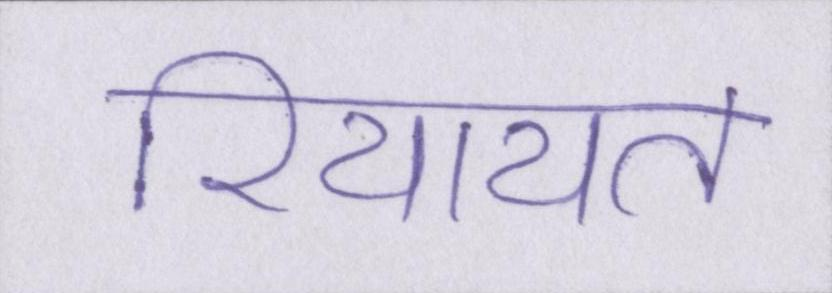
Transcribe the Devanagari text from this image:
रियायत